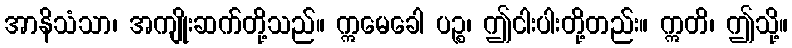
အာနိသံသာ၊ အကျိုးဆက်တို့သည်။ ဣမေခေါ ပဉ္စ၊ ဤငါးပါးတို့တည်း။ ဣတိ၊ ဤသို့။